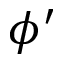
\phi ^ { \prime }